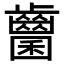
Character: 𪘭